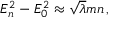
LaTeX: E _ { n } ^ { 2 } - E _ { 0 } ^ { 2 } \approx \sqrt { \lambda } m n \, ,